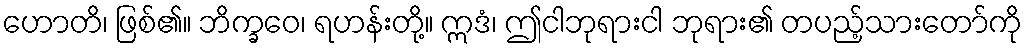
ဟောတိ၊ ဖြစ်၏။ ဘိက္ခဝေ၊ ရဟန်းတို့။ ဣဒံ၊ ဤငါဘုရားငါ ဘုရား၏ တပည့်သားတော်ကို